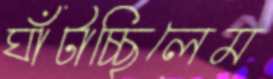
ঘাঁটাচ্ছিলেম